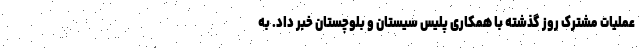
عملیات مشترک روز گذشته با همکاری پلیس سیستان و بلوچستان خبر داد. به